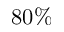
8 0 \%